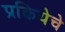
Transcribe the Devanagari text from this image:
प्रकियेचे